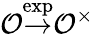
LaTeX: {\mathcal{O}}{\stackrel{\exp}{\to}}{\mathcal{O}}^{\times}